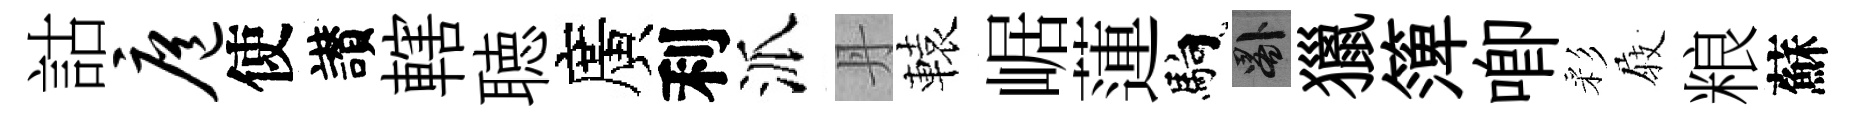
詁扈使讃轄聴廣利派丹轅崌蓮馿晷獵𥱼唧彩𡲆粮蘇